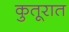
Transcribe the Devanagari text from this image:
कुतूरात